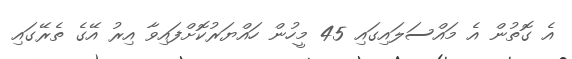
އެ ގޮތުން އެ މައްސަލައިގައި 45 މީހުން ހައްޔަރުކޮށްފައިވާ އިރު އޭގެ ތެރޭގައި